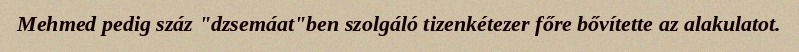
Mehmed pedig száz "dzsemáat"ben szolgáló tizenkétezer főre bővítette az alakulatot.